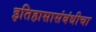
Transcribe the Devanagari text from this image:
इतिहासासंबंधीचा